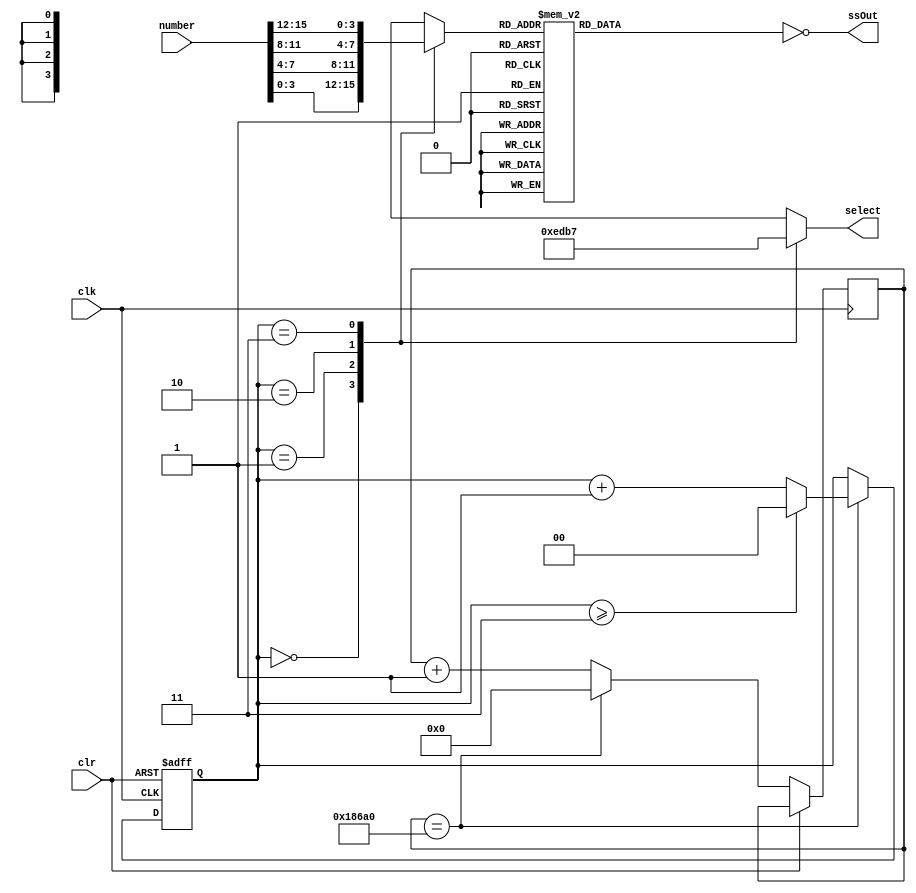
`timescale 1ns / 1ps
//////////////////////////////////////////////////////////////////////////////////
// Company: 
// 
// Module Name:    SSD_decoder 
// Description: SSD_decoder encapsulates the 4 7-Segment displays and displays a 16-bit input
//      number in hexadecimal format.  It includes its own clock divider
//
//////////////////////////////////////////////////////////////////////////////////
module SSD_decoder(
	 input clk,
	 input clr,
    input [15:0] number,
    output reg [6:0] ssOut,
    output reg [3:0] select
    );
  reg  [1:0] divclk;
  reg  [3:0] display; // used for each display
  
  reg [16: 0] count = 0; 
	  	

	// clk divider
  always@(posedge clk, posedge clr) begin
		if (clr) 
			divclk <= 0;
		else begin
			if (count == 100000) begin // set to 100000 for every 1 ms
				count <= 0;
				if (divclk >= 3)
					divclk <= 0;
				else 
					divclk <= divclk + 1'b1;
			end
			else begin
				count <= count + 1;
			end
		end
  end
  
	// selects each seven segment display and assigns a number					 				 
	always @ (*)
	begin
		case (divclk) 
				2'b00: begin
					// Lowest 4-bits
					select = 4'b1110;
					display = number[3:0];
				end
				2'b01: begin 
					// 2nd lowest 4-bits
					select = 4'b1101;
					display = number[7:4];				
				end
				2'b10: begin 
					// 2nd highest 4-bits
					select = 4'b1011;
					display = number[11:8];
				end
				2'b11: begin
					// Highest 4-bits
					select = 4'b0111;
					display = number[15:12];
				end
				default: begin
					// Default to lowest.  This will never happen.
					select = 4'b1110;
					display = number[3:0];
				end
		endcase 
	end
	
	
	// ssOut format {g, f, e, d, c, b, a}
	always @(display) begin
    case (display)
      	4'b0000: ssOut = 7'b0111111; // 0
      	4'b0001: ssOut = 7'b0000110; // 1
	4'b0010: ssOut = 7'b1011011; // 2
	4'b0011: ssOut = 7'b1001111; // 3
	4'b0100: ssOut = 7'b1100110; // 4
	4'b0101: ssOut = 7'b1101101; // 5
      	4'b0110: ssOut = 7'b1111101; // 6
      	4'b0111: ssOut = 7'b0000111; // 7
      	4'b1000: ssOut = 7'b1111111; // 8
      	4'b1001: ssOut = 7'b1100111; // 9
	4'b1010: ssOut = 7'b1110111; // a
      	4'b1011: ssOut = 7'b1111100; // b
      	4'b1100: ssOut = 7'b0111001; // c
      	4'b1101: ssOut = 7'b1011110; // d
      	4'b1110: ssOut = 7'b1111001; // e
      	4'b1111: ssOut = 7'b1110001; // f
      default: ssOut = 7'b0;
    endcase
	 
	// since we set ssOut to be Active High, invert each bit since the actual
	// 7 segment displays use Active Low
	ssOut = ~ssOut; 
	end

endmodule